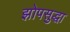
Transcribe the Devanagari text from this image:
झोपसुद्धा